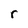
Character: r